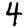
Digit: 4